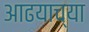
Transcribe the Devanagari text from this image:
आढयाच्या